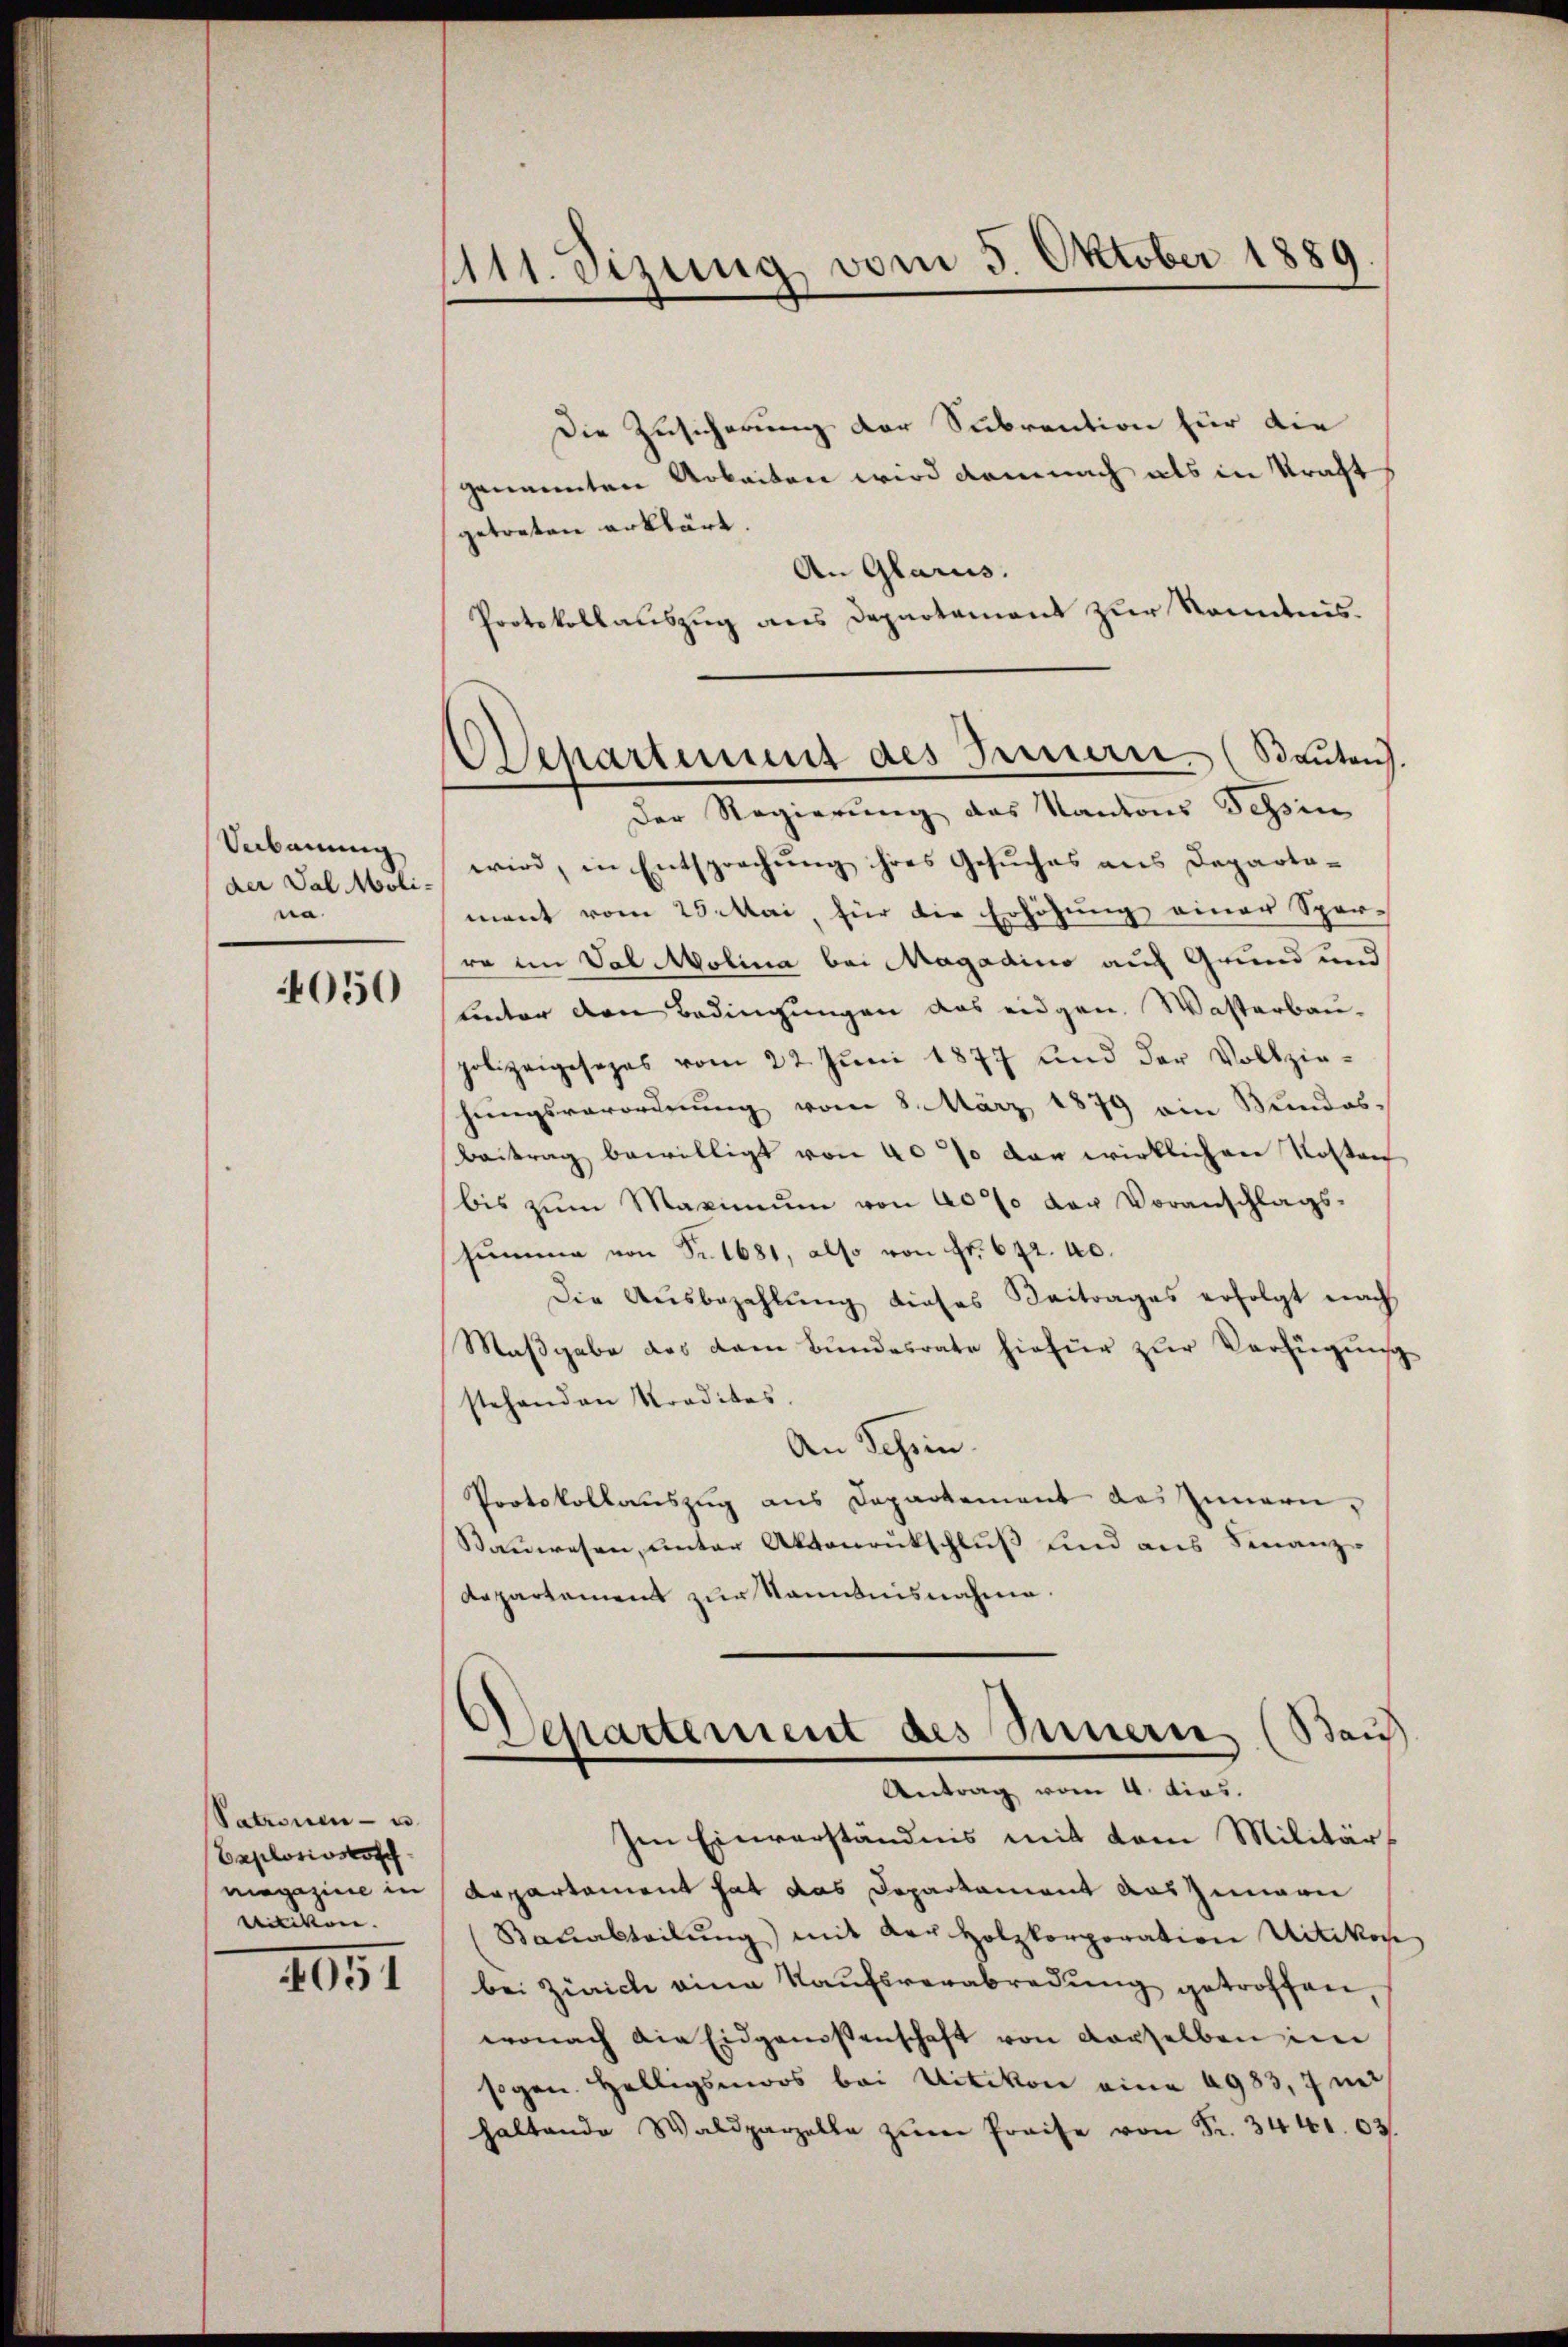
Vebauung
der Val Moline.

050

Satzionen- u
Caplosiosoff
magazine in
ritikon.

051

1111. etzung vom 3. Oktober 1889.

Departement des Innern (Bauten.
Der Regierung des Kantons Tessin

Die Zusicherung der Subvention für die
genannten Arbeiten wird demnach als in Kraft
getreten erklärt.
An Glarus.
Protokollauszug aus Departement zur Kenntnis.
wird, in Entsprechung ihres Gesuches aus Departa-
mant vom 28. Mai, für die Erhöhung einer Sper-
ro im Val Molina bei Magadino auf Grund und
linter den Bedingungen das eidgen. Wasterbau-
polizeigesezes vom 22. Juni 1877 und der Vollzie-
hungsverordnung vom 8. März 1879 ein Bundes¬
Beitrag bewilligt von 40% der wirklichen Kosten
bis zum Maximum von 40% der Voranschlags-
Summe von Fr. 1681, also von Fr. 672. 20.
Die Aŭsbezahlŭng dieses Beitrages erfolgt nach
Maßgabe des dem Bundesrate hiefür zur Verfüguns
stehenden Traditas.
An Schein.
Protokollauszug aus Departement des Innern,
Bauwesen, unter Aktenrückschluß und aus Finanz-
departement zur Kenntnisnahme.
Departement des Sinnern (Bau
Antrag vom 4. dies.
Im Einverständnis mit dem Militärs
Aepartament hat das Departament auszumeri
(Bauabteilŭng) mit der Holzkorporation Uitikon
bei Zürich eine Kaufsverabredung getroffen,
wonach die Eidgenossenschaft von derselben im
sogen. Helligsmoos bei Uitikon eine 6983, 7 mi
haltende Waldparzelle zŭm Preise von Fr. 3441. 03.